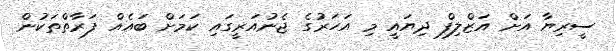
ސީރިޔާ އަށް އަޒްލިފް ދިޔައީ މި އަހަރުގެ ޖެނުއަރީގައި ކަމަށް ބައެއް ފަރާތްތަކުން